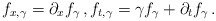
\begin{align*}f_{x,\gamma}=\partial_x f_\gamma\,,f_{t,\gamma}=\gamma f_\gamma+\partial_t f_\gamma\,.\end{align*}